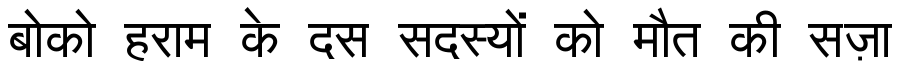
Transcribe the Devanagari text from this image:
बोको हराम के दस सदस्यों को मौत की सज़ा